Bréfritari: Guðrún Þorsteinsdóttir
Viðtakandi: Páll Pálsson
Dagsetning: A-1871-09-08
Skrifað á: Breiðabólsstað  Rang.
Páll er móðurbróðir Guðrúnar

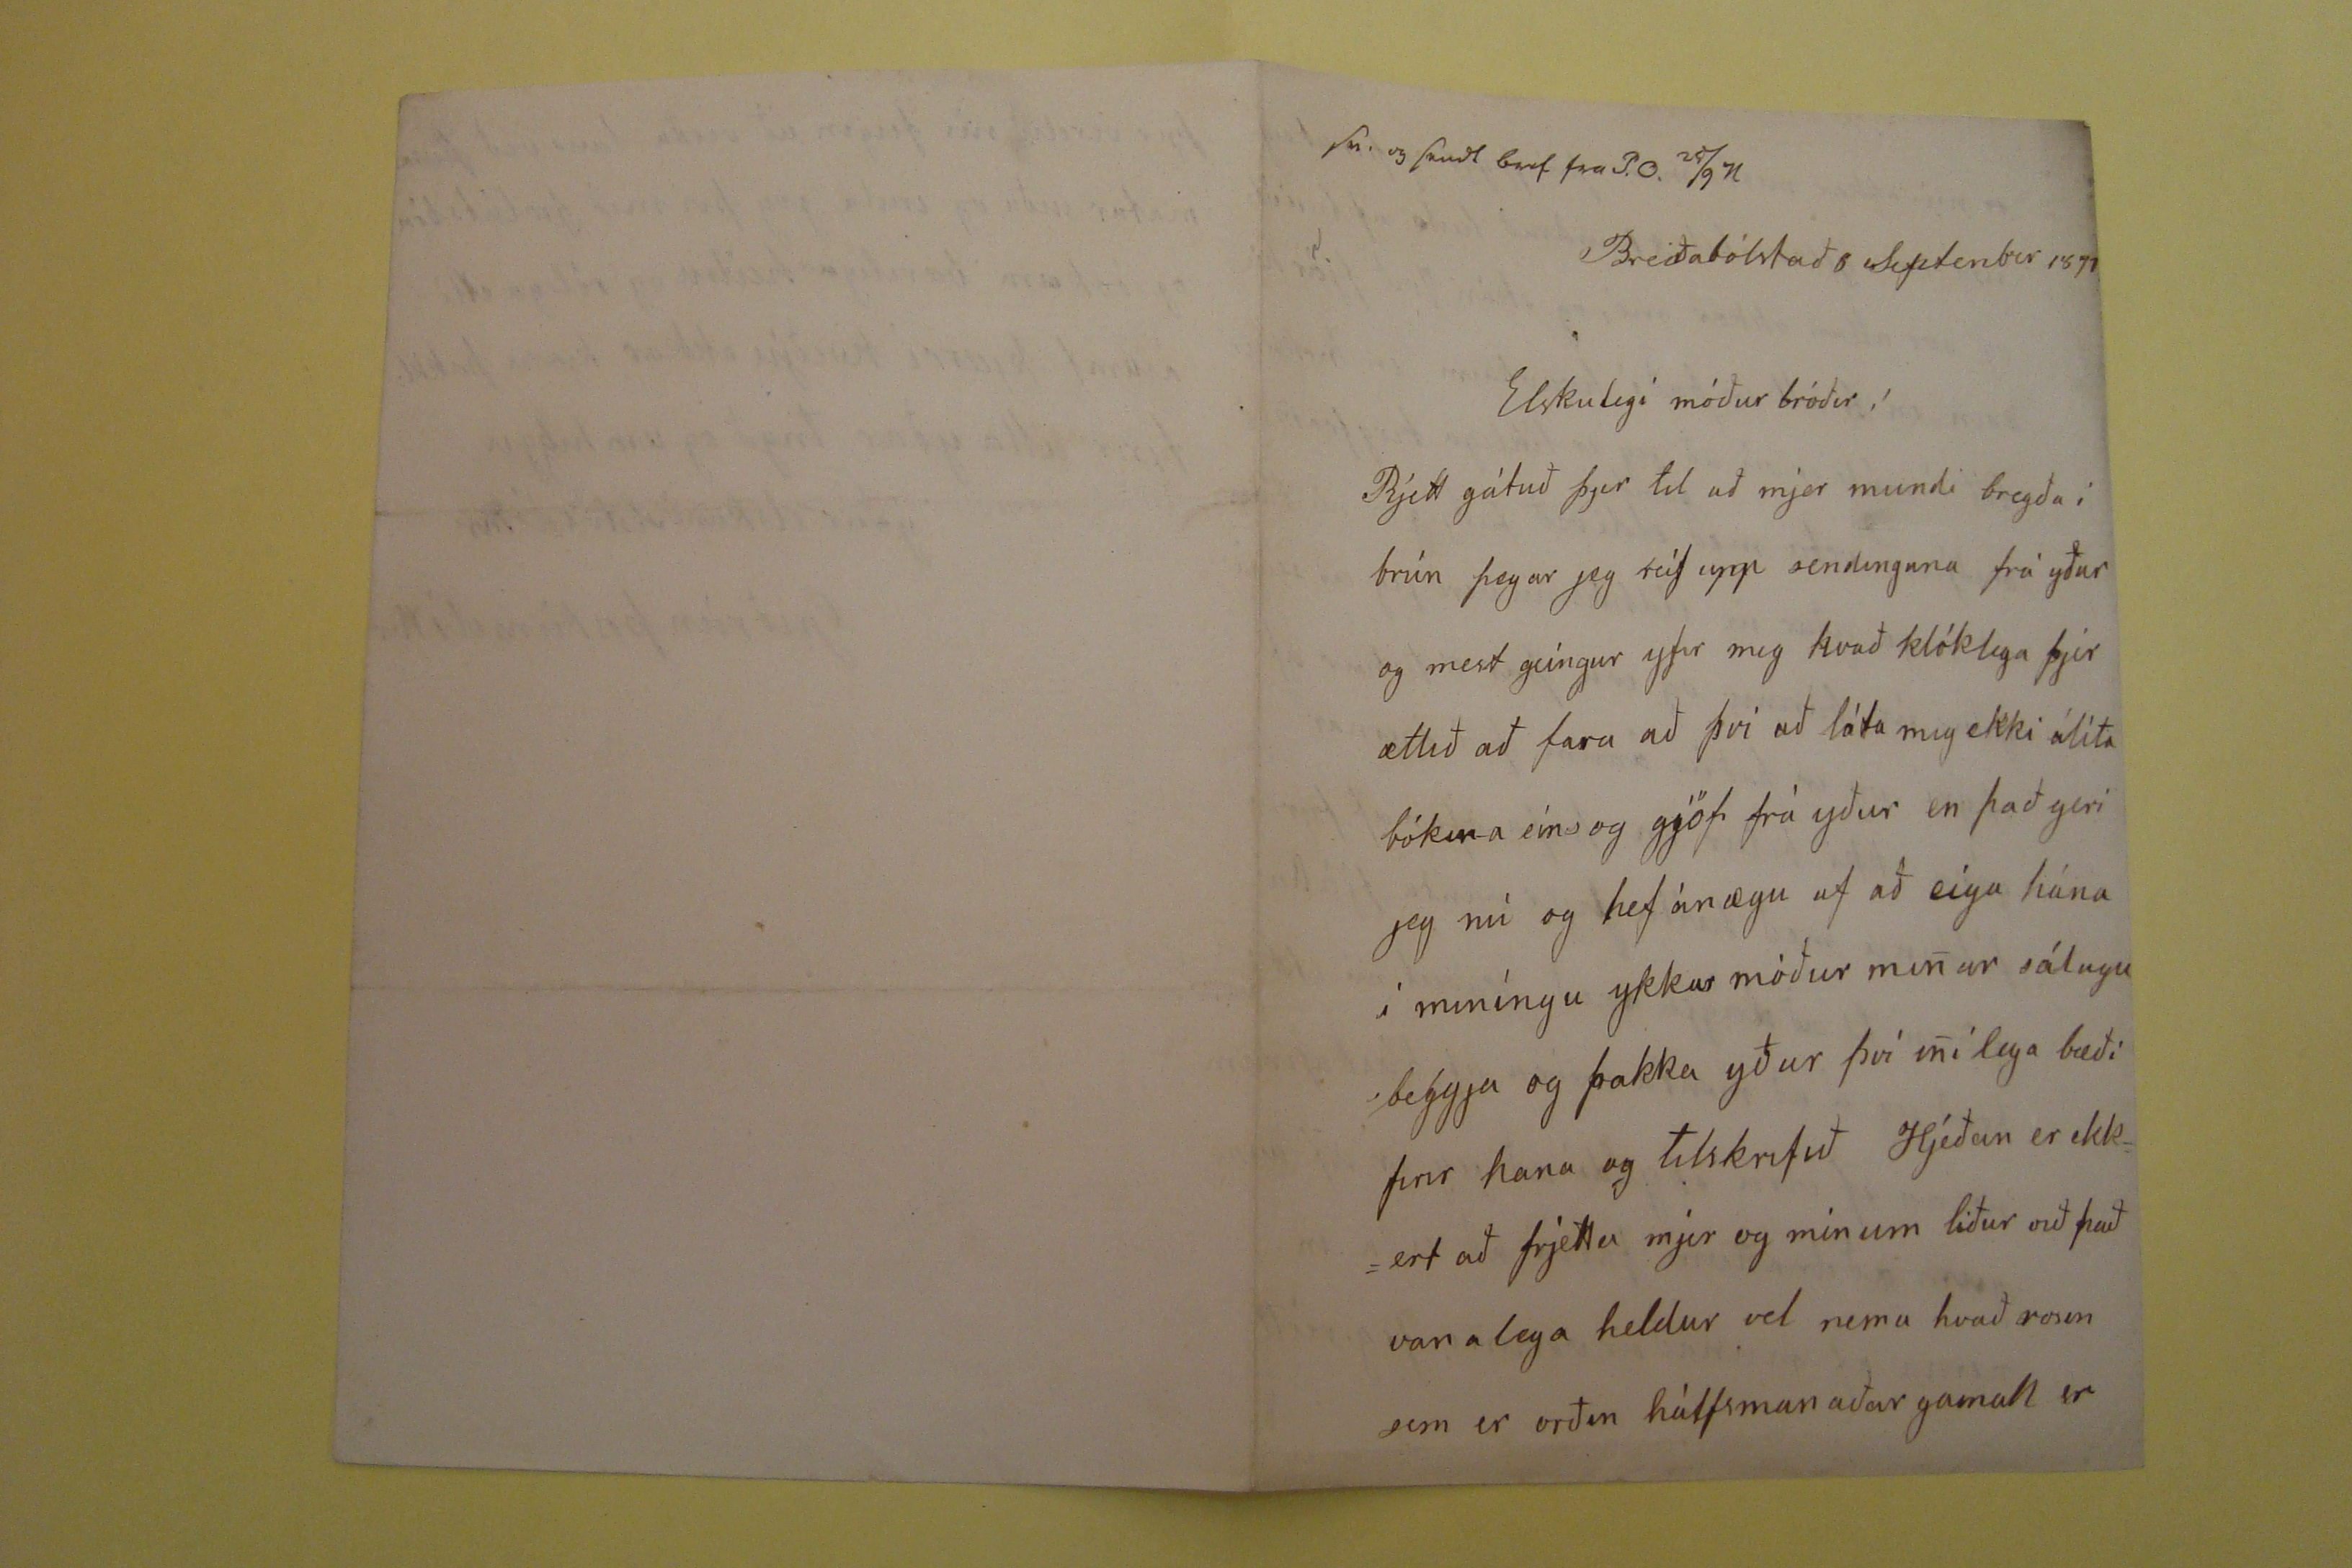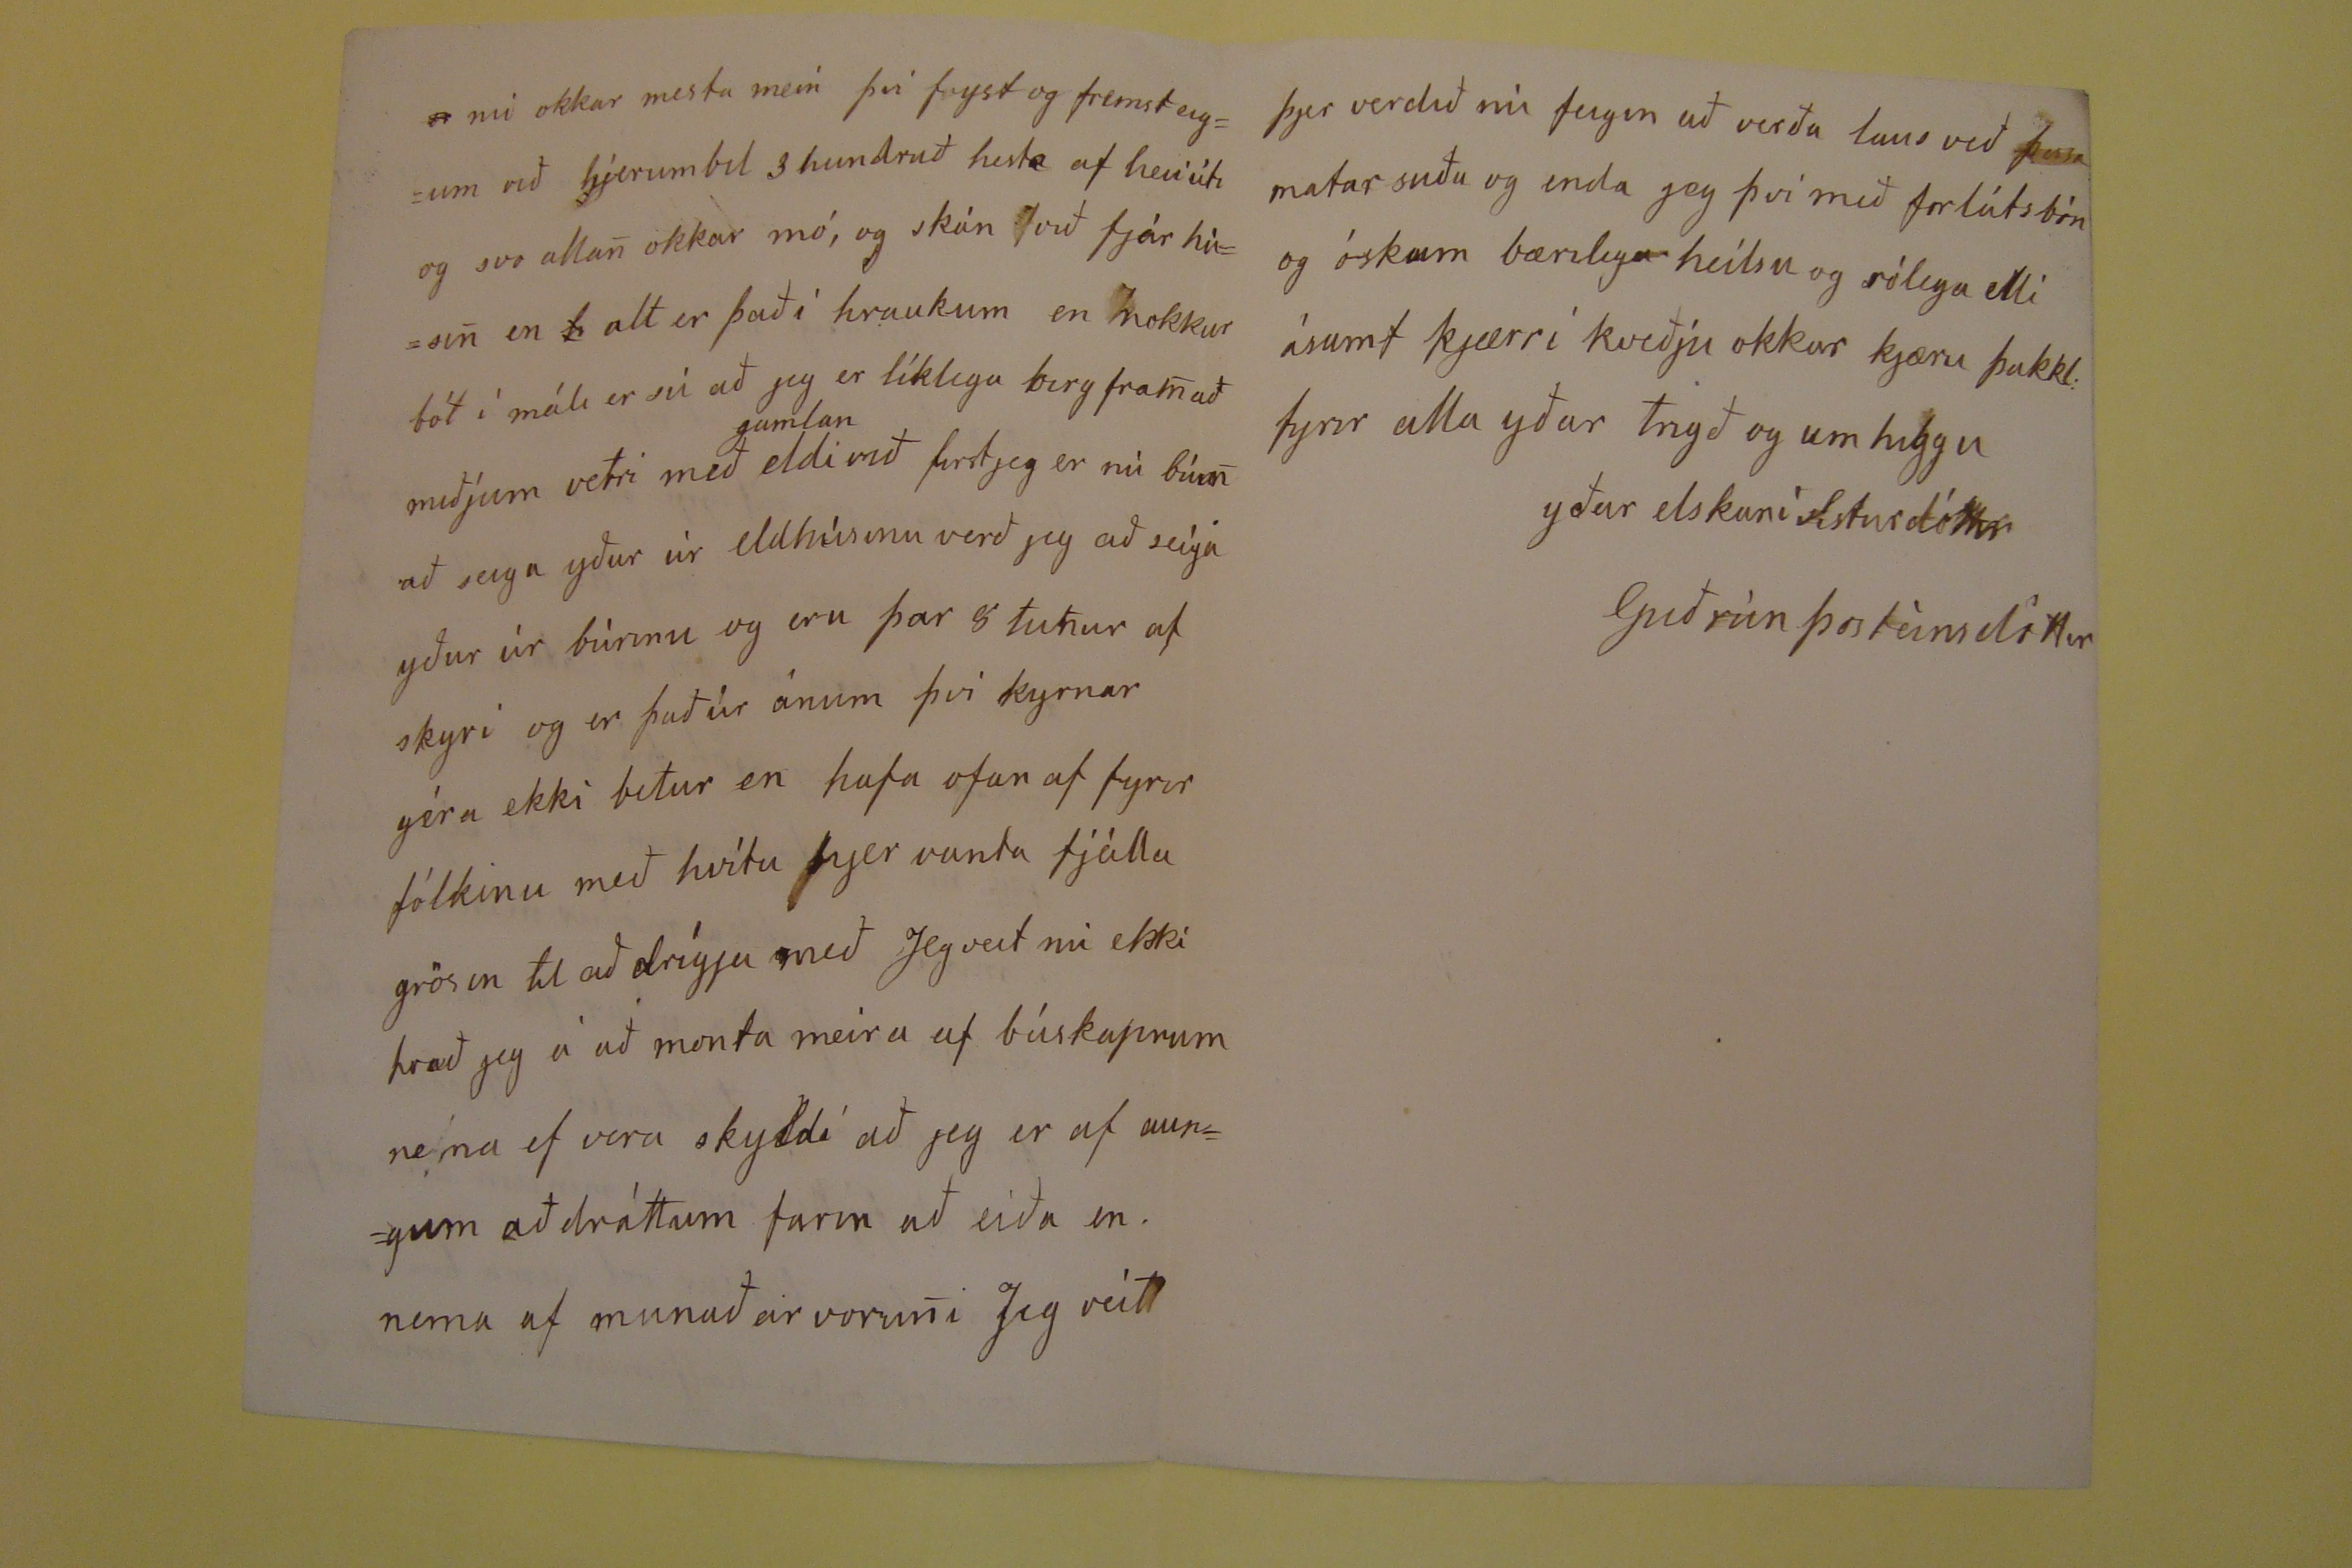

Breiðabólstað 8 Septenber 1871
Elskulegi móður bróðir!
Rjett gátuð þjer til að mjer mundi bregða í brún þegar jeg reif upp sendinguna frá yður og mest geingur yfir mig hvað klóklega þjer ætlið að fara að því að láta mig ekki álíta bókina eíns og gjöf frá yður en það geri jeg nú og hef ánægu af að eiga hána í miníngu ykkar móður minar sálugu beggja og þakka yður því inilega bæði firir hana og tilskrifið Hjeðan er ekkert að frjetta mjer og minum liður við það vanalega heldur vel nema vhað rosen sem er orðin hálfsmanaðar gamall er
er
nú okkar mesta mein því f
r
yst og fremst eigum við hjerumbil 3 hundruð hesta af
heiíúti
og svo allan okkar mó, og skán við fjárhúsin en
h
alt er það í hraukum en nokkur bót í máli er sú að jeg er líklega birgframað miðjum vetri með
gamlan
eldivið first jeg er nú búin að eiga yður úr eldhúsinu verð jeg að seíga yður úr búrinu og eru þar 8 tunur af skyri og er það úr ánum því kyrnar géra ekki betur en hafa ofan af fyrir fólkinu með hvítu
?yer
vanta fjállagrösin til að drígja með Jeg veit nú ekki hvað jeg á að monta meira af búskapnum nema ef vera ksyldi að jeg er af aungum að dráttum farin að eiða en nema af munuð eir voruni Jeg veit
þjer verdið nú feigin að verða laus við þessa matar suðu og enda jeg því með forlátsbón og óskum bærilega heilsu og rólega elli ásamt kjærri kveðju okkar kjæru þakkl. fyrir alla yðar trigð og umhiggu
yðar elskani Sisturdóttir
Guðrún Þosteinsdóttir